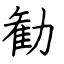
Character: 勧